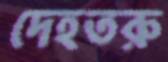
দেহতরু